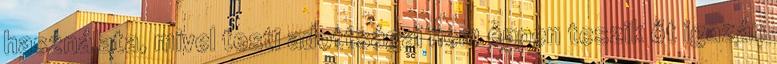
használata, mivel testi adottságai nem éppen teszik őt igazán